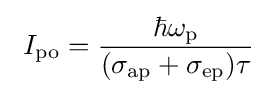
~I_{\rm {po}}={\frac {\hbar \omega _{\rm {p}}}{(\sigma _{\rm {ap}}+\sigma _{\rm {ep}})\tau }}~